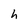
Character: h